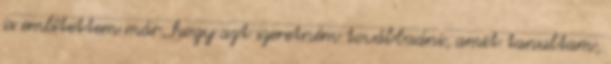
is említettem már, hogy azt szeretném továbbadni, amit tanultam,